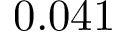
0 . 0 4 1